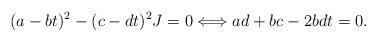
LaTeX: \begin{align*} (a-bt)^2 - (c-dt)^2 J = 0 \Longleftrightarrow ad + bc - 2bdt = 0.\end{align*}